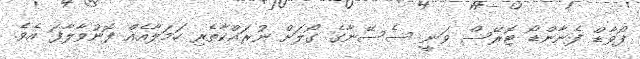
ފޯވާޑް ފެނާންޑޯ ޓޮރޭސް ވަނީ ސެސޭނާގެ ގޯލަށް ނުރައްކާތެރި ހަމަލާއެއް ފޮނުވާލާފަ އެވެ.